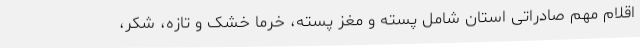
اقلام مهم صادراتی استان شامل پسته و مغز پسته، خرما خشک و تازه، شکر،